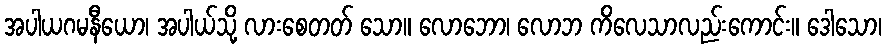
အပါယဂမနီယော၊ အပါယ်သို့ လားစေတတ် သော။ လောဘော၊ လောဘ ကိလေသာလည်းကောင်း။ ဒေါသော၊